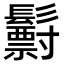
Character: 𩯧